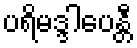
ပရိမဒ္ဒါပေန္တီ